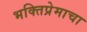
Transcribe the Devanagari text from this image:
भक्तिप्रेमाचा